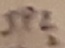
Text: JP2